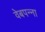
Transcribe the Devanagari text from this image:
वेबपन्ना